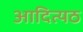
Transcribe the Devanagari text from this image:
आदित्यठ